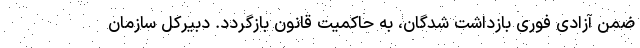
ضمن آزادی فوری بازداشت شدگان، به حاکمیت قانون بازگردد. دبیرکل سازمان